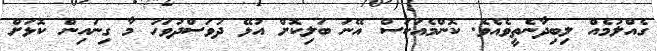
ގެއްލުމެއް ލިބިދާނެތީވެއެވެ. ކޮންމެއަކަސް އޭނަ ބަލިކޮށް އުޅޭ ދުވަސްދުވަހު މާ ގިނައިން ކޮޅަށް